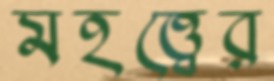
মহত্ত্বের